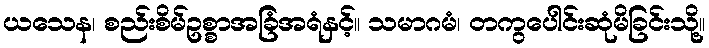
ယသေန၊ စည်းစိမ်ဥစ္စာအခြံအရံနှင့်။ သမာဂမံ၊ တကွပေါင်းဆုံမိခြင်းသို့။